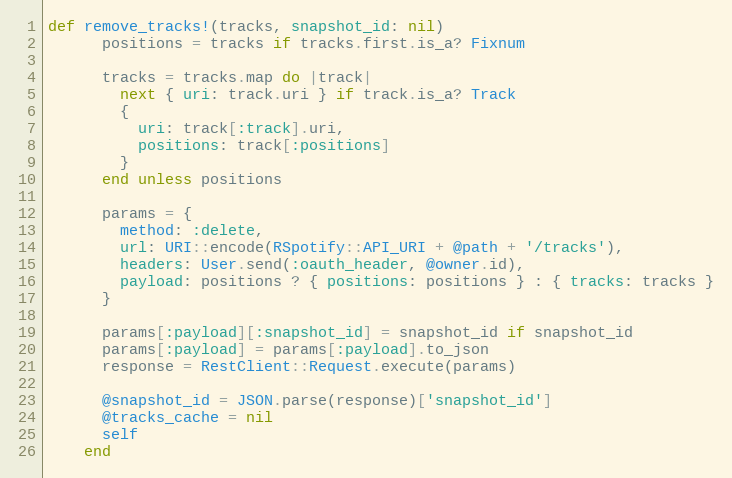
Language: Ruby
def remove_tracks!(tracks, snapshot_id: nil)
      positions = tracks if tracks.first.is_a? Fixnum

      tracks = tracks.map do |track|
        next { uri: track.uri } if track.is_a? Track
        {
          uri: track[:track].uri,
          positions: track[:positions]
        }
      end unless positions

      params = {
        method: :delete,
        url: URI::encode(RSpotify::API_URI + @path + '/tracks'),
        headers: User.send(:oauth_header, @owner.id),
        payload: positions ? { positions: positions } : { tracks: tracks }
      }

      params[:payload][:snapshot_id] = snapshot_id if snapshot_id
      params[:payload] = params[:payload].to_json
      response = RestClient::Request.execute(params)

      @snapshot_id = JSON.parse(response)['snapshot_id']
      @tracks_cache = nil
      self
    end